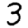
Digit: 3